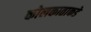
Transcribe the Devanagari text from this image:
कोलकाताकडे